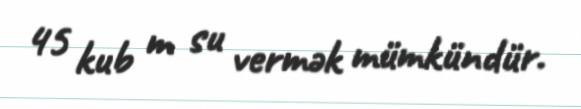
45 kub m su vermək mümkündür.